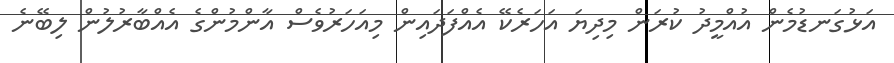
އަޅުގަނޑުމެން އުއްމީދު ކުރަން މިދިޔަ އަހަރެކޭ އެއްފަދައިން މިއަހަރުވެސް އާންމުންގެ އެއްބާރުލުން ލިބޭނެ